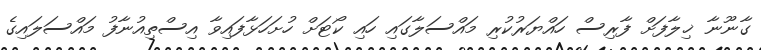
ގާނޫނާ ޚިލާފަށް ފާރިސް ހައްޔަރުކުރި މައްސަލާގައި ހައި ކޯޓަށް ހުށަހަޅާފައިވާ އިސްތިއުނާފު މައްސަލައިގެ